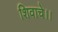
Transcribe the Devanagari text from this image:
शिवाचे।।